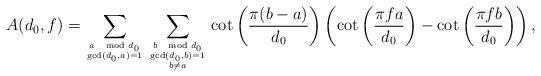
LaTeX: \begin{align*}A(d_0,f)=\sum_{a\mod d_0\atop\gcd (d_0,a)=1}\sum_{b\mod d_0\atop{\gcd (d_0,b)=1\atop b\neq a}}\cot\left (\frac{\pi (b-a)}{d_0}\right )\left (\cot\left (\frac{\pi fa}{d_0}\right )-\cot\left (\frac{\pi fb}{d_0}\right )\right ),\end{align*}